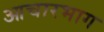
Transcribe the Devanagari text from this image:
आचारभाग